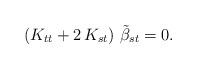
LaTeX: \begin{align*}\left( K_{tt} + 2\,K_{st}\right)\,{\tilde\beta}_{st}=0.\end{align*}